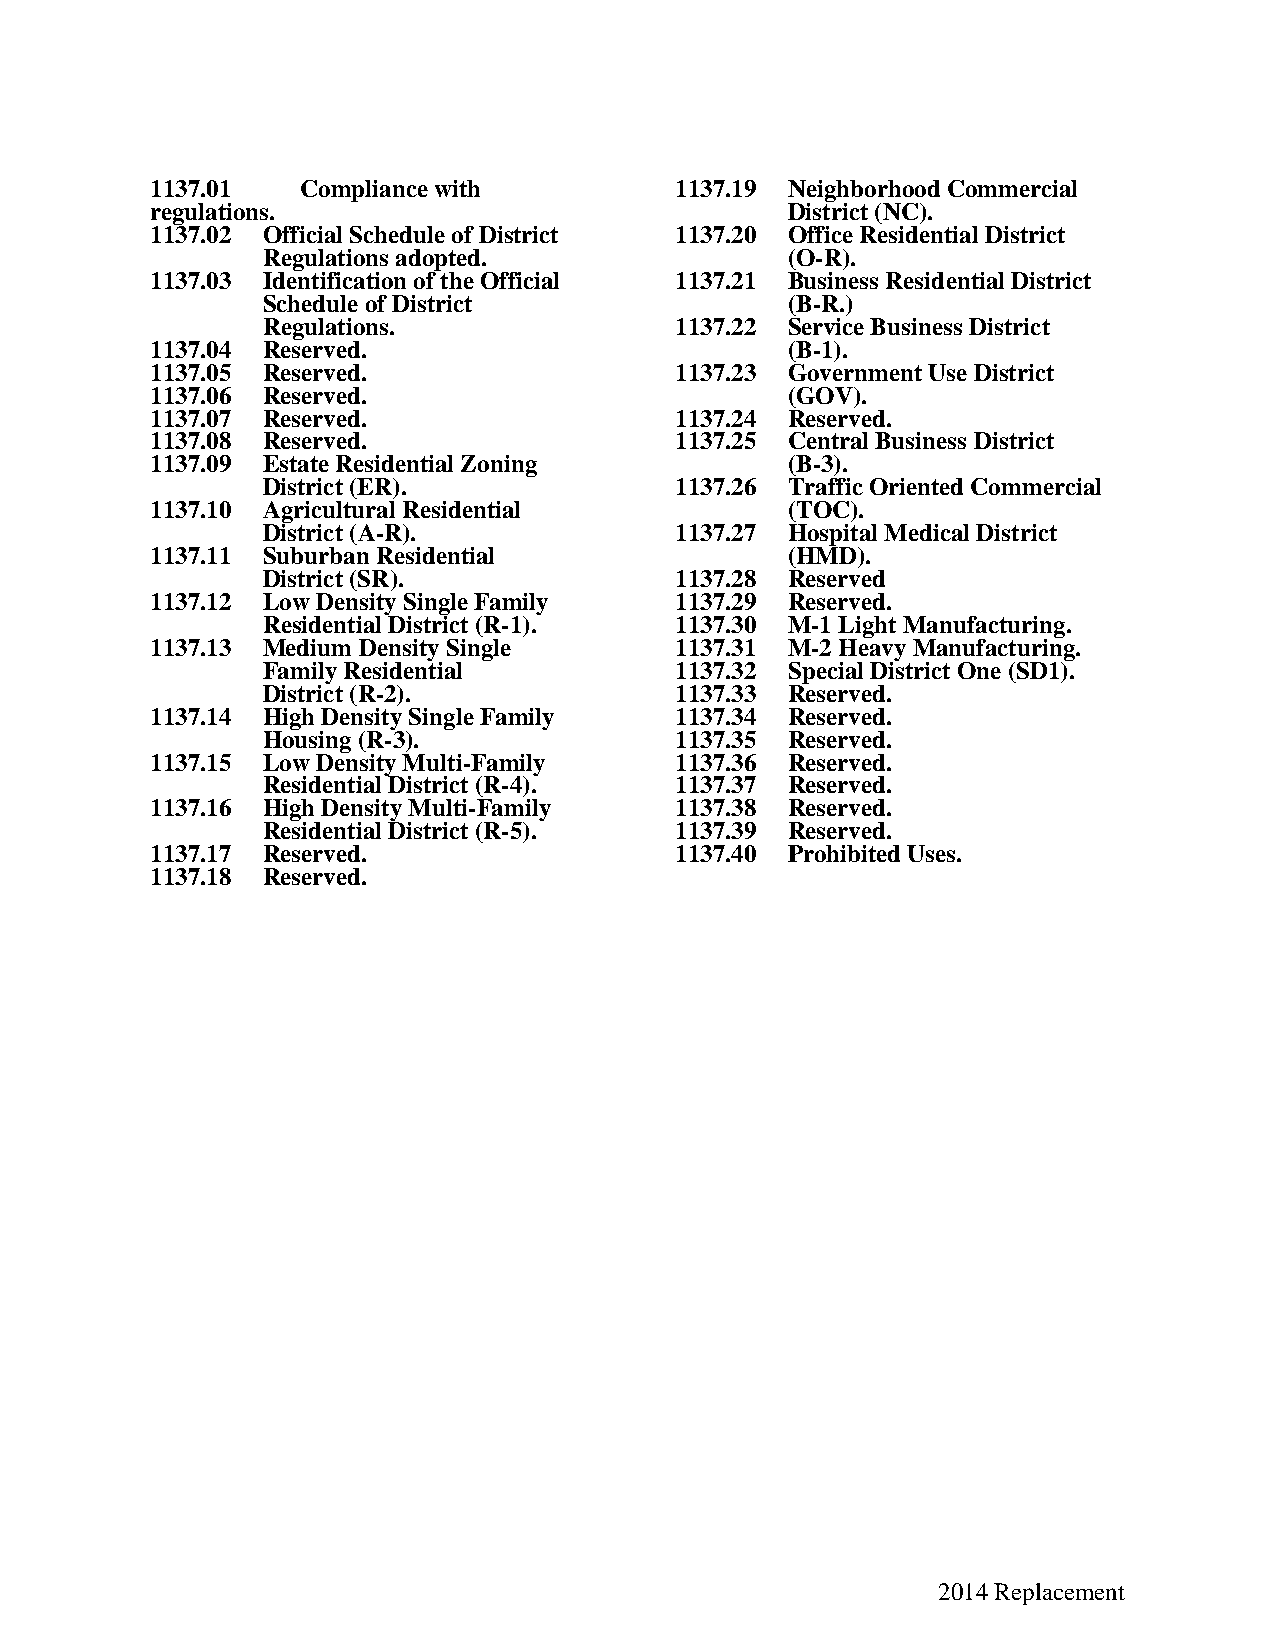
1137.01   Compliance with          1137.19 Neighborhood Commercial
 regulations.                              District (NC).
 1137.02 Official Schedule of District 1137.20 Office Residential District
 Regulations adopted.               (O-R).
 1137.03 Identification of the Official 1137.21 Business Residential District
 Schedule of District               (B-R.)
 Regulations.                1137.22 Service Business District
 1137.04 Reserved.                         (B-1).
 1137.05 Reserved.                  1137.23 Government Use District
 1137.06 Reserved.                         (GOV).
 1137.07 Reserved.                  1137.24 Reserved.
 1137.08 Reserved.                  1137.25 Central Business District
 1137.09 Estate Residential Zoning         (B-3).
 District (ER).              1137.26 Traffic Oriented Commercial
 1137.10 Agricultural Residential          (TOC).
 District (A-R).             1137.27 Hospital Medical District
 1137.11 Suburban Residential              (HMD).
 District (SR).              1137.28 Reserved
 1137.12 Low Density Single Family  1137.29 Reserved.
 Residential District (R-1). 1137.30 M-1 Light Manufacturing.
 1137.13 Medium Density Single      1137.31 M-2 Heavy Manufacturing.
 Family Residential          1137.32 Special District One (SD1).
 District (R-2).             1137.33 Reserved.
 1137.14 High Density Single Family 1137.34 Reserved.
 Housing (R-3).              1137.35 Reserved.
 1137.15 Low Density Multi-Family   1137.36 Reserved.
 Residential District (R-4). 1137.37 Reserved.
 1137.16 High Density Multi-Family  1137.38 Reserved.
 Residential District (R-5). 1137.39 Reserved.
 1137.17 Reserved.                  1137.40 Prohibited Uses.
 1137.18 Reserved.
 2014 Replacement